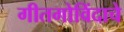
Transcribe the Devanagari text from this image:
गीतगोविंदाचे